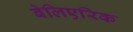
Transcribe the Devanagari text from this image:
बेलिएरिक